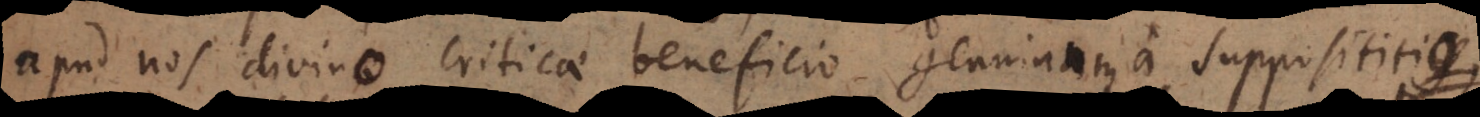
apud nos divino criticae beneficio genuinum a supposititio,